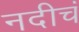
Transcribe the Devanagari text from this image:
नदीचं